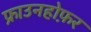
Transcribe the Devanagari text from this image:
फ्राउनहोफ़र